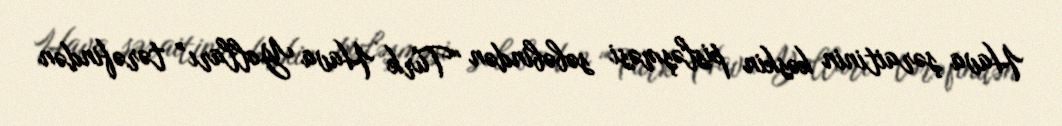
Hava şəraitinin kəskin pisləşməsi səbəbindən “Türk Hava Yolları” tərəfindən